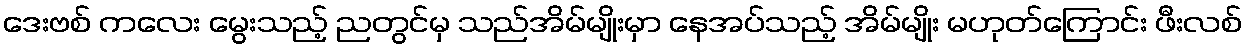
ဒေးဗစ် ကလေး မွေးသည့် ညတွင်မှ သည်အိမ်မျိုးမှာ နေအပ်သည့် အိမ်မျိုး မဟုတ်ကြောင်း ဖီးလစ်